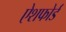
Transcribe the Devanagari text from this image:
ऐशफोर्ड